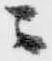
ニ